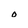
Character: O